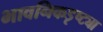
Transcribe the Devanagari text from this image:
भावनिकडृष्ट्या